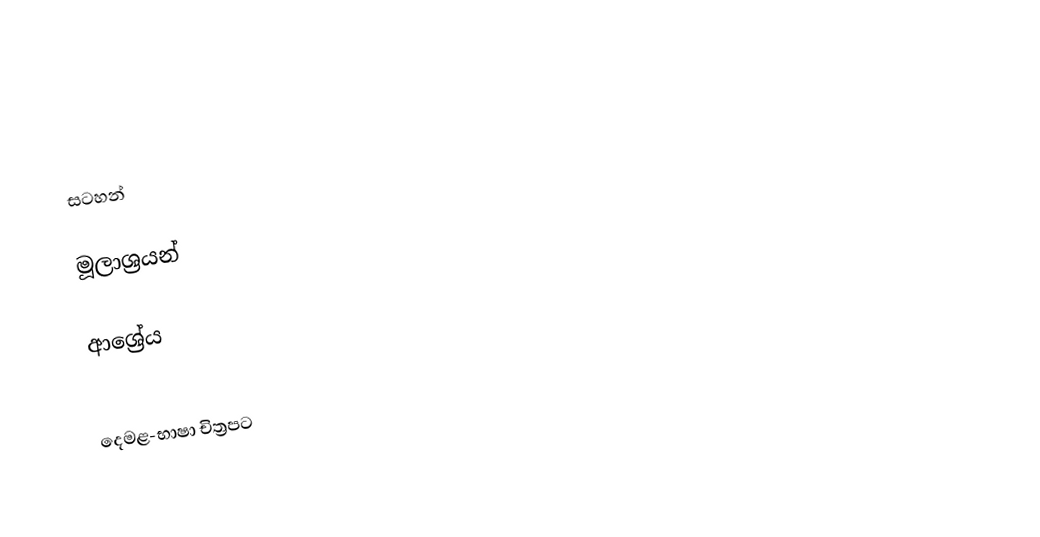

සටහන්

මූලාශ්‍රයන්

ආශ්‍රේය

දෙමළ-භාෂා චිත්‍රපට